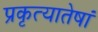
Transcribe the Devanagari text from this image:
प्रकृत्यातेषां